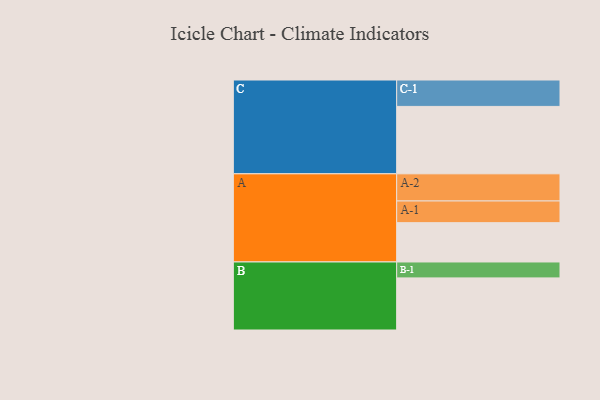
{"axis": {"x": "Segment", "y": "Value"}, "legend": ["", "A", "B", "C"], "data": [{"x": "A", "y": 326, "type": ""}, {"x": "B", "y": 432, "type": ""}, {"x": "C", "y": 559, "type": ""}, {"x": "A-1", "y": 180, "type": "A"}, {"x": "A-2", "y": 225, "type": "A"}, {"x": "B-1", "y": 132, "type": "B"}, {"x": "C-1", "y": 219, "type": "C"}]}